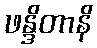
ဖန္ဒိတာနိ